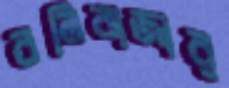
বলিবাজার